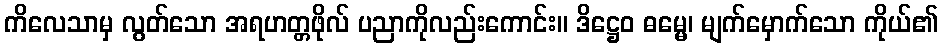
ကိလေသာမှ လွတ်သော အရဟတ္တဖိုလ် ပညာကိုလည်းကောင်း။ ဒိဋ္ဌေဝ ဓမ္မေ၊ မျက်မှောက်သော ကိုယ်၏